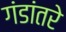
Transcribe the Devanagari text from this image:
गंडांतरे